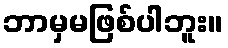
ဘာမှမဖြစ်ပါဘူး။